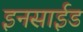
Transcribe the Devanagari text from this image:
इनसाईड